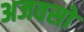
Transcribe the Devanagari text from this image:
अजवसो